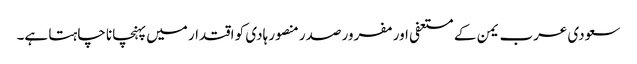
سعودی عرب یمن کے مستعفی اور مفرور صدر منصور ہادی کو اقتدار میں پہنچانا چاہتا ہے۔